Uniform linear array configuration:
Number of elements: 48
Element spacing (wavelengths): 0.25
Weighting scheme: uniform
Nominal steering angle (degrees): -30
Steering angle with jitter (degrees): -29.535
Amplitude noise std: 0.05
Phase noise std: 0.05

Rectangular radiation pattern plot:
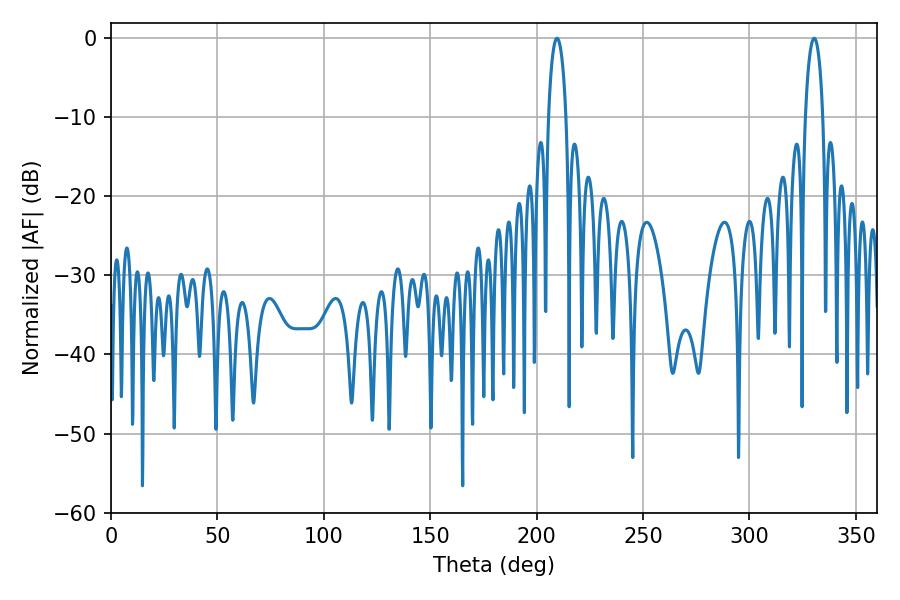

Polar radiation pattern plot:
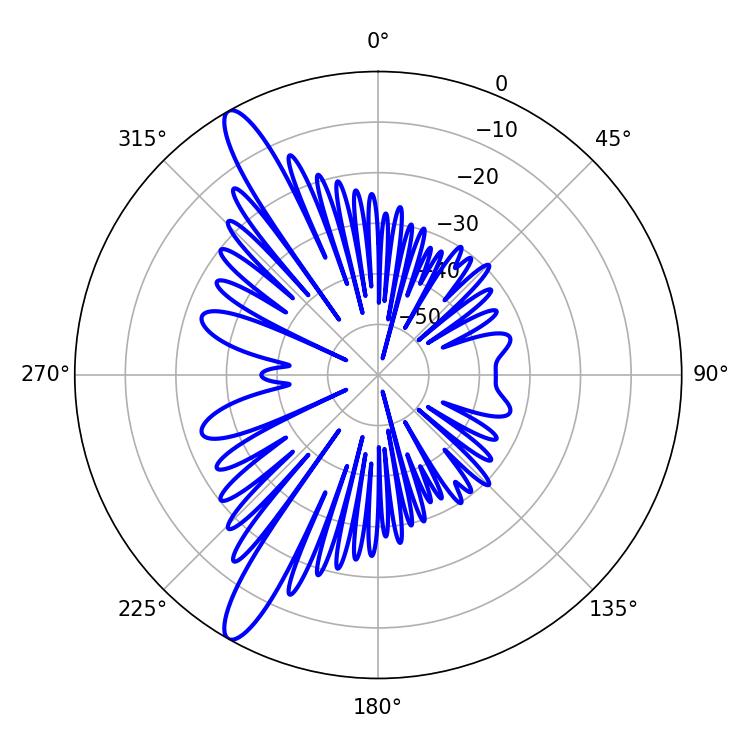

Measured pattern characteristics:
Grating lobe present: FALSE
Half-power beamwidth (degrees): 4.86
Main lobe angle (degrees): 209.52